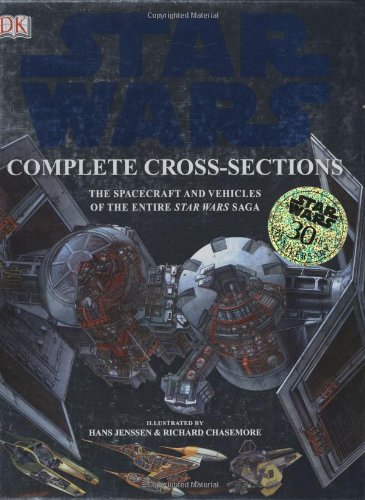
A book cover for Star Wars Complete Cross-Sections: The Spacecraft and Vehicles of the Entire Star Wars Saga; Curtis Saxton; Children's Books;